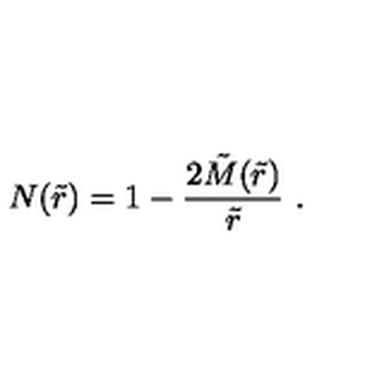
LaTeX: N ( \tilde { r } ) = 1 - \frac { 2 \tilde { M } ( \tilde { r } ) } { \tilde { r } } \ .